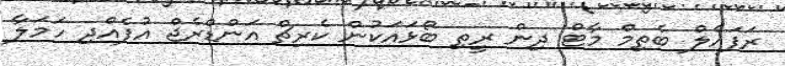
ރަފައެލް ބެތިމް މާޓް ދިން ރީތި ބޯޅައަކުން ކެރިޗް އަންޑްރެޖް އުފެއްދި ހަމަލާ